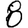
Digit: 8